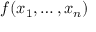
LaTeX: f ( x _ { 1 } , \ldots , x _ { n } )